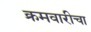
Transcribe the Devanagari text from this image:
क्रमवारीचा